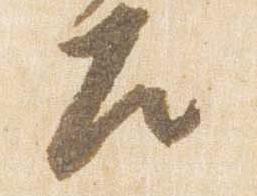
左